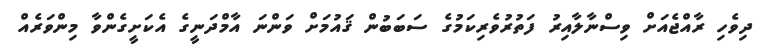
ދިވެހި ރާއްޖެއަށް ވިސްނާލާއިރު ފަތުރުވެރިކަމުގެ ސަބަބުން ޤައުމަށް ވަންނަ އާމްދަނީގެ އެކަށީގެންވާ މިންވަރެއް